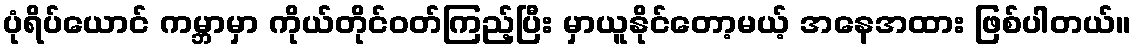
ပုံရိပ်ယောင် ကမ္ဘာမှာ ကိုယ်တိုင်ဝတ်ကြည့်ပြီး မှာယူနိုင်တော့မယ့် အနေအထား ဖြစ်ပါတယ်။